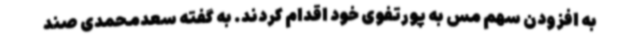
به افزودن سهم مس به پورتفوی خود اقدام کردند. به گفته سعدمحمدی صند